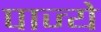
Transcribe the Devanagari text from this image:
पाज्ये